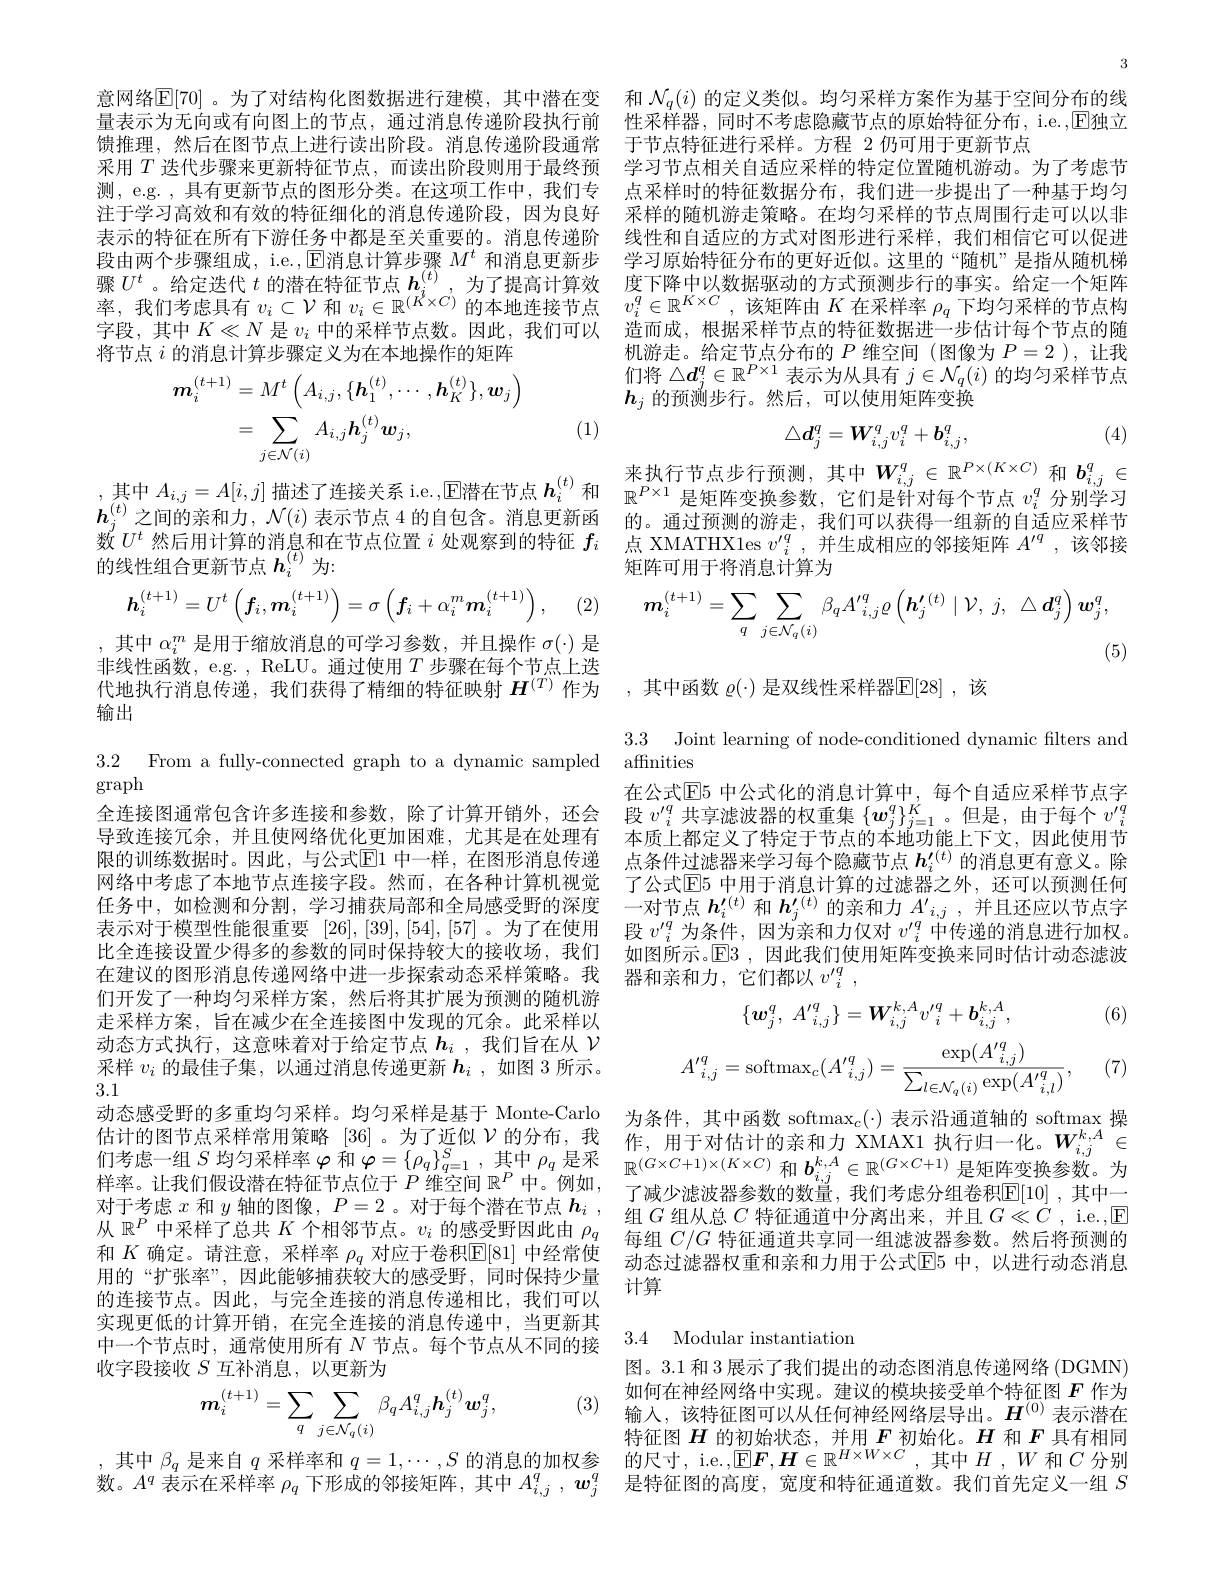
意网络$\mathbb{E}[70]$ 。为了对结构化图数据进行建模，其中潜在变 和 $N_q(i)$ 的定义类似。均匀采样方案作为基于空间分布的线量表示为无向或有向图上的节点，通过消息传递阶段执行前 性采样器，同时不考虑隐藏节点的原始特征分布，i.e.,回独立
馈推理，然后在图节点上进行读出阶段。消息传递阶段通常
采用$T$迭代步骤来更新特征节点，而读出阶段则用于最终预 学习节点相关自适应采样的特定位置随机游动。为了考虑节
测，e.g. , 具有更新节点的图形分类。在这项工作中，我们专注于学习高效和有效的特征细化的消息传递阶段，因为良好表示的特征在所有下游任务中都是至关重要的。消息传递阶段由两个步骤组成，i.e.,$\operatorname{E\text{消息计算步骤}}M^t$和消息更新步骤$U^t$。给定迭代$t$的潜在特征节点$\boldsymbol h_i^{(t)}$,为了提高计算效 度下降中以数据驱动的方式预测步行的事实。给定一个矩阵率，我们考虑具有$v_i\subset\mathcal{V}$和$v_i\in\mathbb{R}^{(K\times C)}$的本地连接节点$v_i^q\in\mathbb{R}^{K\times C}$,该矩阵由$K$在采样率$\rho_q$下均匀采样的节点构它即 中中$V_i$对一个月 中的可始世上数。四址，不过可以 冲画书 坦根亚带上的时不断据开业 此生立台大中上的阵
字段，其中$K\ll N$是$v_i$中的采样节点数。因此，我们可以
将节点$i$的消息计算步骤定义为在本地操作的矩阵
$$\begin{aligned}\boldsymbol{m}_{i}^{(t+1)}&=M^{t}\left(A_{i,j},\{\boldsymbol{h}_{1}^{(t)},\cdots,\boldsymbol{h}_{K}^{(t)}\},\boldsymbol{w}_{j}\right)\\&=\sum_{j\in\mathcal{N}(i)}A_{i,j}h_{j}^{(t)}\boldsymbol{w}_{j},\end{aligned}$$
$j\in \mathcal{N} ( i)$来 执 行 节 点 步 行 预 测 , 其 中 $\boldsymbol{W}_{i, j}^q\in \mathbb{R} ^{P\times ( K\times C) }$ 和 $\boldsymbol{b}_{i, j}^q\in$ ,其 中 $A_{i, j}= A[ i, j]$ 描 述 了 连 接 关 系 i. e. , 回 潜 在 节 点 $\boldsymbol{h}_i^{( t) }$ 和 $\mathbb{R} ^{P\times 1}$ 是 矩 阵 变 换 参 数 , 它 们 是 针 对 每 个 节 点 $v_i^q$ 分 别 学 习

(1)

的线性组合更新节点$h_i^{(t)}$为：
$$\boldsymbol{h}_i^{(t+1)}=U^t\left(\boldsymbol{f}_i,\boldsymbol{m}_i^{(t+1)}\right)=\sigma\left(\boldsymbol{f}_i+\alpha_i^m\boldsymbol{m}_i^{(t+1)}\right),$$
(2,

,其中$\alpha_i^m$是用于缩放消息的可学习参数，并且操作$\sigma(\cdot)$是非线性函数，e.g. , ReLU。通过使用$T$步骤在每个节点上迭代地执行消息传递，我们获得了精细的特征映射$H^{(T)}$作为 ,其中函数 $\varrho(\cdot)$ 是双线性采样器$\overline{\mathbb{E}}[28]$ ,该
输出

graph
全连接图通常包含许多连接和参数，除了计算开销外，还会导致连接冗余，并且使网络优化更加困难，尤其是在处理有限的训练数据时。因此，与公式$\mathbb{E}$1 中一样，在图形消息传递网络中考虑了本地节点连接字段。然而，在各种计算机视觉任务中，如检测和分割，学习捕获局部和全局感受野的深度表示对于模型性能很重要[26],[39],[54],[57] 。为了在使用比全连接设置少得多的参数的同时保持较大的接收场，我们在建议的图形消息传递网络中进一步探索动态采样策略。我们开发了一种均匀采样方案，然后将其扩展为预测的随机游走采样方案，旨在减少在全连接图中发现的冗余。此采样以动态方式执行，这意味着对于给定节点$h_i$ ,我们旨在从$\nu$ 采样$v_i$的最佳子集，以通过消息传递更新$h_i$,如图 3 所示。3.1
动态感受野的多重均匀采样。均匀采样是基于 Monte-Carlo
估计的图节点采样常用策略 [36] 。为了近似$\mathcal{V}$的分布，我 作，用于对估计的亲和力 XMAX1 执行归一化。$W_{i,j}^{k,A}\in$ 们 考 虑 一 组 $S$ 均 匀 采 样 率 $\varphi$ 和 $\varphi = \{ \rho _q\} _{q= 1}^S$, 其 中 $\rho _q$ 是 采 $\mathbb{R} ^{( G\times C+ 1) \times ( K\times C) }$ 和 $b_{i, j}^{k, A}\in \mathbb{R} ^{( G\times C+ 1) }$ 是 矩 阵 变 换 参 数 。为 样 率 。计 我 们 假 设 潜 在 特 征 节 占 位 于 $P$ 维 空 间 $\mathbb{R} ^P$ 中 . 例 如样率。让我们假设潜在特征节点位于$P$维空间$\mathbb{R}^P$中。例如，
样 率 。让 我 们 假 设 潜 在 特 征 节 点 位 于 $P$维 空 间 $\mathbb{R} ^{\prime }$ 中 。例 如 , 了 减 少 滤 波 器 参 数 的 数 量 , 我 们 考 虑 分 组 卷 积 $\mathbb{E} [ 10]$ , 其 中 一 对 于 考 虑 $x$ 和 $y$ 轴 的 图 像 , $P= 2$。对 于 每 个 潜 在 节 点 $\boldsymbol{h}_{i}$ , 组 $G$ 组 从 总 $C$ 特 征 通 道 中 分 离 出 来 , 并 且 $G\ll C$ , ie. , $\mathbb{E}$
从$\mathbb{R}^P$中采样了总共$K$个相邻节点。$v_i$的感受野因此由$\rho_q$ 和$K$确定。请注意，采样率$\rho_q$对应于卷积回[81] 中经常使用的“扩张率”,因此能够捕获较大的感受野，同时保持少量的连接节点。因此，与完全连接的消息传递相比，我们可以实现更低的计算开销，在完全连接的消息传递中，当更新其中一个节点时，通常使用所有$N$节点。每个节点从不同的接收字段接收$S$互补消息，以更新为
(3)
$$m_{i}^{(t+1)}=\sum_{q}\sum_{j\in\mathcal{N}_{q}(i)}\beta_{q}A_{i,j}^{q}\boldsymbol{h}_{j}^{(t)}\boldsymbol{w}_{j}^{q},$$
数。$A^q$表示在采样率$\rho_q$下形成的邻接矩阵，其中$A_i,j^q,w_j^q$

3

于节点特征进行采样。方程 2 仍可用于更新节点
点采样时的特征数据分布，我们进一步提出了一种基于均匀采样的随机游走策略。在均匀采样的节点周围行走可以以非线性和自适应的方式对图形进行采样，我们相信它可以促进学习原始特征分布的更好近似。这里的“随机”是指从随机梯造而成，根据采样节点的特征数据进一步估计每个节点的随机游走。给定节点分布的$P$维空间 (图像为$P=2$ ),让我们将$\triangle\boldsymbol{d}_j^q\in\mathbb{R}^{P\times1}$表示为从具有$j\in\mathcal{N}_q(i)$的均匀采样节点$h_j$的预测步行。然后，可以使用矩阵变换

(4)
$$\triangle d_j^q=W_{i,j}^qv_i^q+b_{i,j}^q,$$
$\boldsymbol{h}_j^{(t)}$之间的亲和力，$\mathcal{N}(i)$ 表示节点 4 的自包含。消息更新函 的。通过预测的游走，我们可以获得一组新的自适应采样节数$U^t$然后用计算的消息和在节点位置$i$处观察到的特征$f_i$点 XMATHXles $v_i^{\prime q}$,并生成相应的邻接矩阵$A^\prime q$,该邻接
矩阵可用于将消息计算为
$$\boldsymbol{m}_{i}^{(t+1)}=\sum_{q}\sum_{j\in\mathcal{N}_{q}(i)}\beta_{q}A'_{i,j}^{q}\varrho\left(\boldsymbol{h'}_{j}^{(t)}\mid\mathcal{V},\:j,\:\triangle\boldsymbol{d}_{j}^{q}\right)\boldsymbol{w}_{j}^{q},$$
(5)

3.3 Joint learning of node-conditioned dynamic filters and
3.2 From a fully-connected graph to a dynamic sampled affinities
在公式$\mathbb{E}$5 中公式化的消息计算中，每个自适应采样节点字段$v_i^{\prime q}$共享滤波器的权重集$\{w_j^q\}_{j=1}^K$。但是，由于每个$v_i^{\prime q}$ 本质上都定义了特定于节点的本地功能上下文，因此使用节点条件过滤器来学习每个隐藏节点$h_i^{\prime(t)}$的消息更有意义。除了公式$\mathbb{E}$5 中用于消息计算的过滤器之外，还可以预测任何一对节点$\boldsymbol h_i^{\prime(t)}$和$\boldsymbol h_j^{\prime(t)}$的亲和力$A_i,j^{\prime}$,并且还应以节点字段$v^{\prime q}_i$为条件，因为亲和力仅对$v^\prime q_i$中传递的消息进行加权。如图所示。$\mathbb{E}$3 ,因此我们使用矩阵变换来同时估计动态滤波器和亲和力，它们都以$v^{\prime_i^q}$,

(6)
$$\{\boldsymbol{w}_j^q,\:A'_{i,j}^q\}=W_{i,j}^{k,A}v'_i^q+\boldsymbol{b}_{i,j}^{k,A},$$
$$A'_{i,j}^{q}=\mathrm{softmax}_{c}(A'_{i,j}^{q})=\frac{\exp(A'_{i,j}^{q})}{\sum_{l\in\mathcal{N}_{q}(i)}\exp(A'_{i,l}^{q})},$$
(7)

为条件，其中函数 softmax$_c(\cdot)$表示沿通道轴的 softmax 操每组$C/G$特征通道共享同一组滤波器参数。然后将预测的动态过滤器权重和亲和力用于公式$\mathbb{E}$5 中，以进行动态消息计算

## 3.4 Modular instantiation

图。3.1 和 3 展示了我们提出的动态图消息传递网络 (DGMN) 如何在神经网络中实现。建议的模块接受单个特征图$F$作为输入，该特征图可以从任何神经网络层导出。$H^{(0)}$表示潜在特征图$H$的初始状态，并用$F$初始化。$H$和$F$具有相同
,其中$\beta_q$是来自$q$采样率和$q=1,\cdots,S$的消息的加权参 的尺寸，i.e.,$\mathbb{E}\boldsymbol{F},\boldsymbol{H}\in\mathbb{R}^{H\times W\times C}$,其中$H,W$和$C$分别
是特征图的高度，宽度和特征通道数。我们首先定义一组$S$